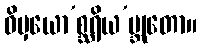
ဝိမှယော’စ္ဆရိယ’ဗ္ဘုတော။